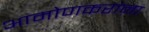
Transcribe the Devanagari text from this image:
आमोणकरांना